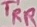
Text: TRR